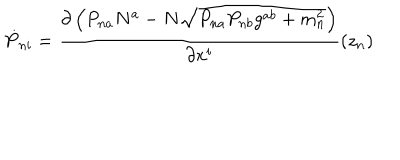
LaTeX: \dot { P } _ { n i } = \frac { \partial \left( P _ { n a } N ^ { a } - N \sqrt { P _ { n a } P _ { n b } g ^ { a b } + m _ { n } ^ { 2 } } \right) } { \partial x ^ { i } } ( z _ { n } )